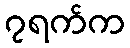
၇ရက်က